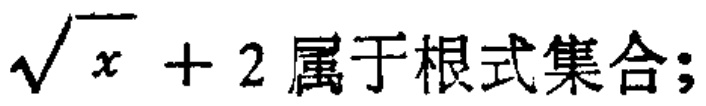
$\sqrt{x}+2属于根式集合;$